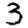
Digit: 3